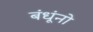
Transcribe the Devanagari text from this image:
बंधूंनो